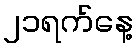
၂၁ရက်နေ့